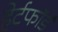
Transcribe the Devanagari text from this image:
हेर्टफाॅर्ड